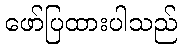
ဖော်ပြထားပါသည်